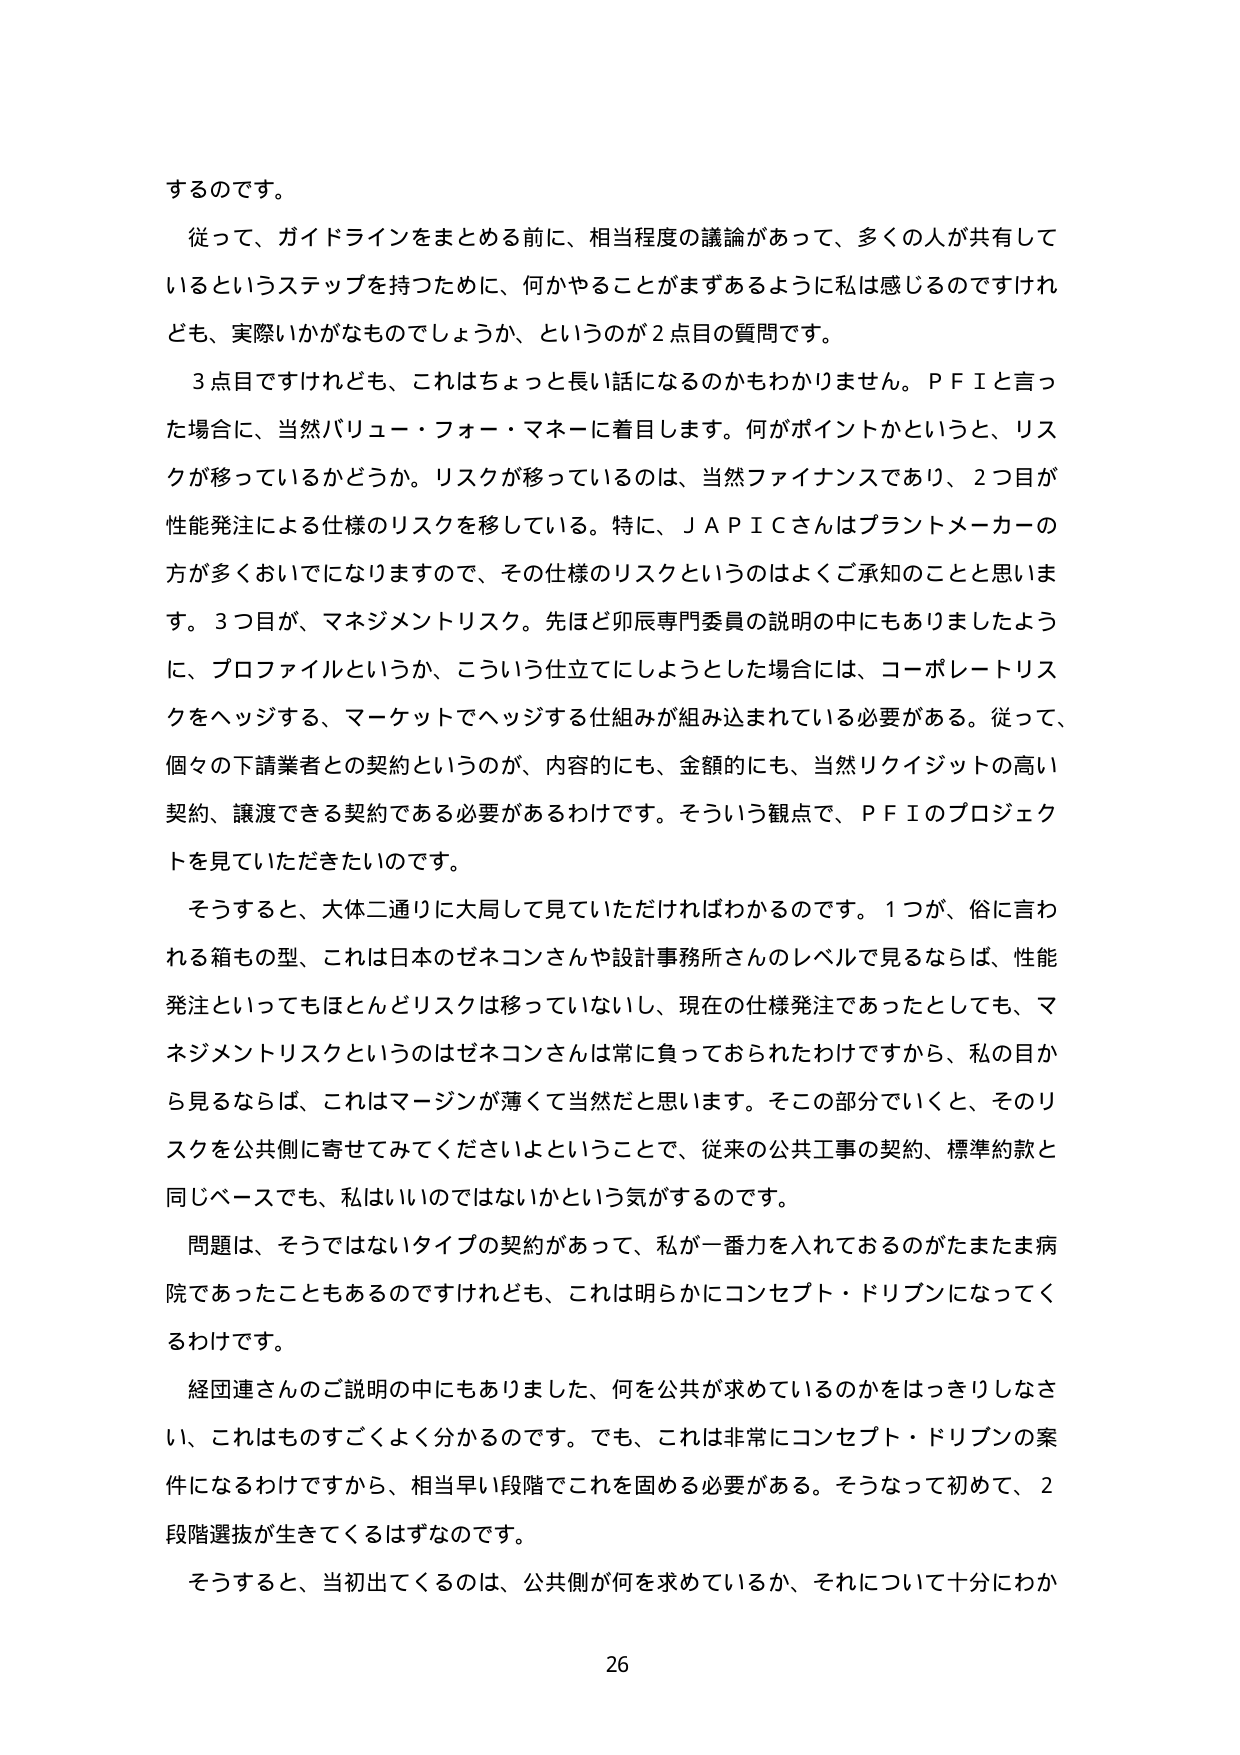
するのです。

従って、ガイドラインをまとめる前に、相当程度の議論があって、多くの人が共有しているというステップを持つために、何かやることがまずあるように私は感じるのですけれども、実際いかがなものでしょうか、というのが2点目の質問です。

3点目ですけれども、これはちょっと長い話になるのかもわかりません。ＰＦＩと言った場合に、当然バリュー・フォー・マネーに着目します。何がポイントかというと、リスクが移っているかどうか。リスクが移っているのは、当然ファイナンスであり、2つ目が性能発注による仕様のリスクを移している。特に、ＪＡＰＩＣさんはプラントメーカーの方が多くおいでになりますので、その仕様のリスクというのはよくご承知のことと思います。3つ目が、マネジメントリスク。先ほど卯辰専門委員の説明の中にもありましたように、プロファイルというか、こういう仕立てにしようとした場合には、コーポレートリスクをヘッジする、マーケットでヘッジする仕組みが組み込まれている必要がある。従って、個々の下請業者との契約というのが、内容的にも、金額的にも、当然リケイジットの高い契約、譲渡できる契約である必要があるわけです。そういう観点で、ＰＦＩのプロジェクトを見ていただきたいのです。

そうすると、大体二通りに大局して見ていただければわかるのです。1つが、俗に言われる箱もの型、これは日本のゼネコンさんや設計事務所さんのレベルで見るならば、性能発注といってもほとんどリスクは移っていないし、現在の仕様発注であったとしても、マネジメントリスクというのはゼネコンさんは常に負っておられたわけですから、私の目から見るならば、これはマージンが薄くて当然だと思います。そこの部分でいくと、そのリスクを公共側に寄せてみてくださいよということで、従来の公共工事の契約、標準約款と同じベースでも、私はいいのではないかという気がするのです。

問題は、そうではないタイプの契約があって、私が一番力を入れておるのがたまたま病院であったこともあるのですけれども、これは明らかにコンセプト・ドリブンになってくるわけです。

経団連さんのご説明の中にもありました、何を公共が求めているのかをはっきりしなさい、これはものすごくよく分かるのです。でも、これは非常にコンセプト・ドリブンの案件になるわけですから、相当早い段階でこれを固める必要がある。そうなって初めて、2段階選抜が生きてくるはずなのです。

そうすると、当初出てくるのは、公共側が何を求めているか、それについて十分にわか

26